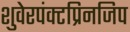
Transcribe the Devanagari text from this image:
शुवेरपंक्टप्रिनजिप